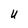
Character: U